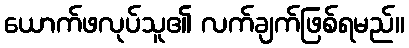
ယောက်ဖလုပ်သူ၏ လက်ချက်ဖြစ်ရမည်။